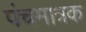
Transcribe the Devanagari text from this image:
पंचमात्रक